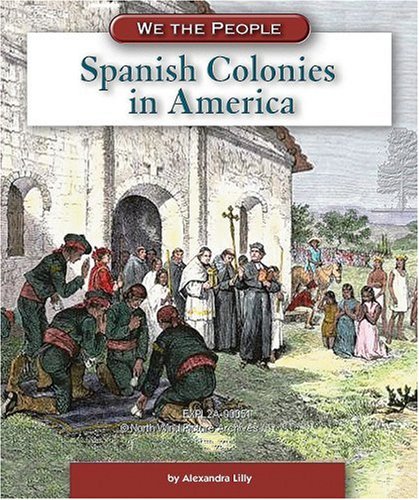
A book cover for Spanish Colonies in America (We the People: Exploration and Colonization); Alexandra Lilly; Children's Books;